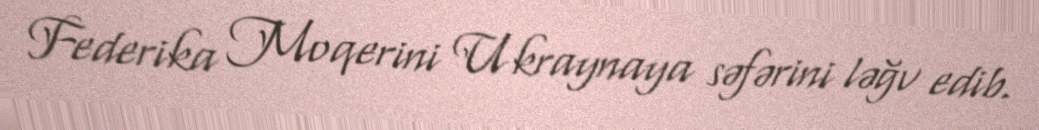
Federika Moqerini Ukraynaya səfərini ləğv edib.